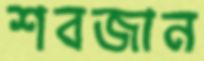
শবজান